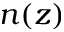
n ( z )